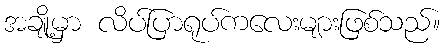
အချို့မှာ လိပ်ပြာရုပ်ကလေးများဖြစ်သည်။